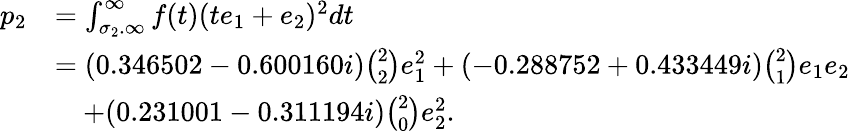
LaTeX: \begin{array}{rl}{p_{2}}&{=\int_{\sigma_{2}.\infty}^{\infty}f(t)(te_{1}+e_{2})^{2}dt}\\ &{=(0.346502-0.600160i)\binom{2}2e_{1}^{2}+(-0.288752+0.433449i)\binom{2}1e_{1}e_{2}}\\ &{\quad+(0.231001-0.311194i)\binom 20e_{2}^{2}.}\end{array}